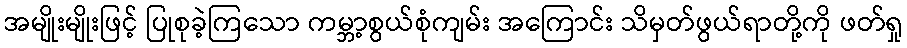
အမျိုးမျိုးဖြင့် ပြုစုခဲ့ကြသော ကမ္ဘာ့စွယ်စုံကျမ်း အကြောင်း သိမှတ်ဖွယ်ရာတို့ကို ဖတ်ရှု